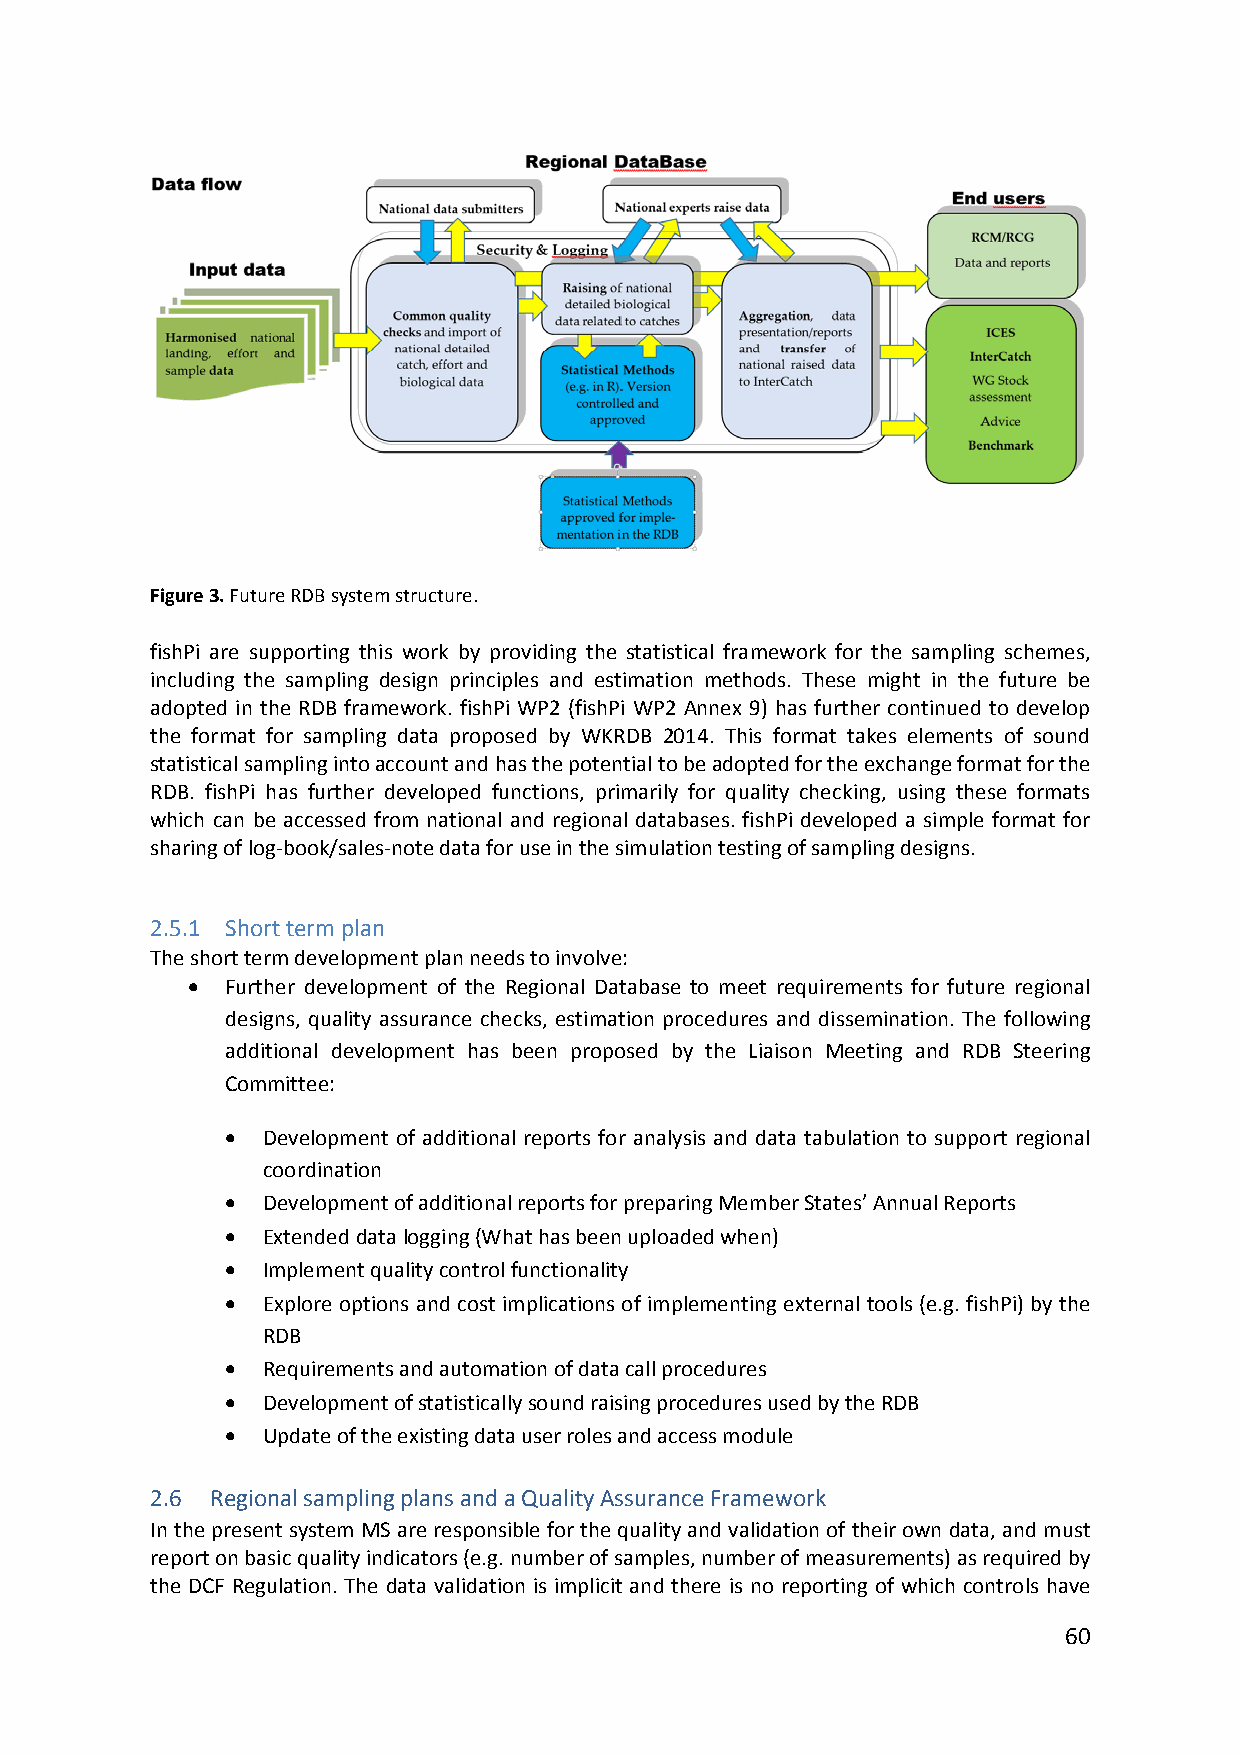
Figure 3. Future RDB system structure.
 fishPi are supporting this work by providing the statistical framework for the sampling schemes,
 including the sampling design principles and estimation methods. These might in the future be
 adopted in the RDB framework. fishPi WP2 (fishPi WP2 Annex 9) has further continued to develop
 the format for sampling data proposed by WKRDB 2014. This format takes elements of sound
 statistical sampling into account and has the potential to be adopted for the exchange format for the
 RDB. fishPi has further developed functions, primarily for quality checking, using these formats
 which can be accessed from national and regional databases. fishPi developed a simple format for
 sharing of log‐book/sales‐note data for use in the simulation testing of sampling designs.
 2.5.1 Short term plan
 The short term development plan needs to involve:
   Further development of the Regional Database to meet requirements for future regional
 designs, quality assurance checks, estimation procedures and dissemination. The following
 additional development has been proposed by the Liaison Meeting and RDB Steering
 Committee:
  Development of additional reports for analysis and data tabulation to support regional
 coordination
  Development of additional reports for preparing Member States’ Annual Reports
  Extended data logging (What has been uploaded when)
  Implement quality control functionality
  Explore options and cost implications of implementing external tools (e.g. fishPi) by the
 RDB
  Requirements and automation of data call procedures
  Development of statistically sound raising procedures used by the RDB
  Update of the existing data user roles and access module
 2.6 Regional sampling plans and a Quality Assurance Framework
 In the present system MS are responsible for the quality and validation of their own data, and must
 report on basic quality indicators (e.g. number of samples, number of measurements) as required by
 the DCF Regulation. The data validation is implicit and there is no reporting of which controls have
 60